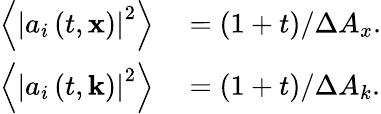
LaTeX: \begin{array}{rl}{\left\langle\left|a_{i}\left(t,\mathbf{x}\right)\right|^{2}\right\rangle}&{{}=\left(1+t\right)/\Delta A_{x}.}\\ {\left\langle\left|a_{i}\left(t,\mathbf{k}\right)\right|^{2}\right\rangle}&{{}=\left(1+t\right)/\Delta A_{k}.}\end{array}